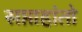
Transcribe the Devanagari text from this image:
सप्ताहांतो